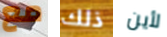
مع ذلك لأين